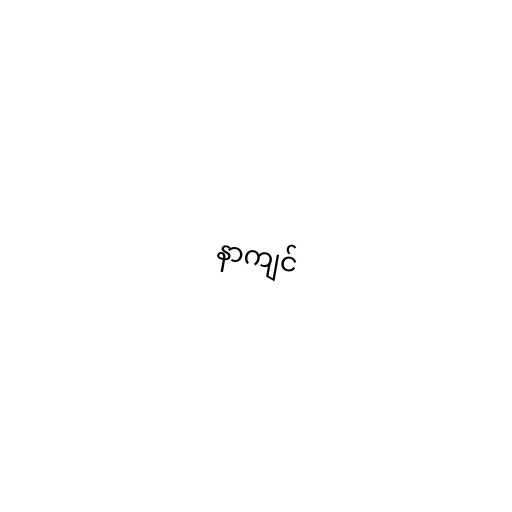
နာကျင်